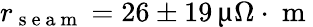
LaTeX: r_{\mathrm{~s~e~a~m~}}=26\pm 19\, \upmu\Omega\cdot\mathrm{~m~}